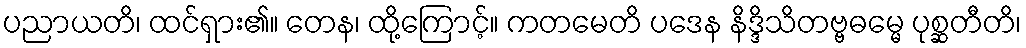
ပညာယတိ၊ ထင်ရှား၏။ တေန၊ ထို့ကြောင့်။ ကတမေတိ ပဒေန နိဒ္ဒိသိတဗ္ဗဓမ္မေ ပုစ္ဆတီတိ၊